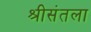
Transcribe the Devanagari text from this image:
श्रीसंतला